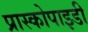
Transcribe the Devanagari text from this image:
प्रास्कोपाइडी